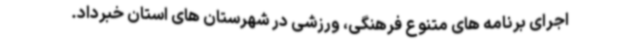
اجرای برنامه های متنوع فرهنگی، ورزشی در شهرستان های استان خبرداد.